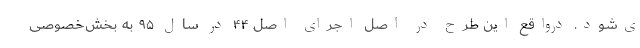
ی‌شود. درواقع این طرح در اصل اجرای اصل ۴۴ در سال ۹۵ به بخش‌خصوصی